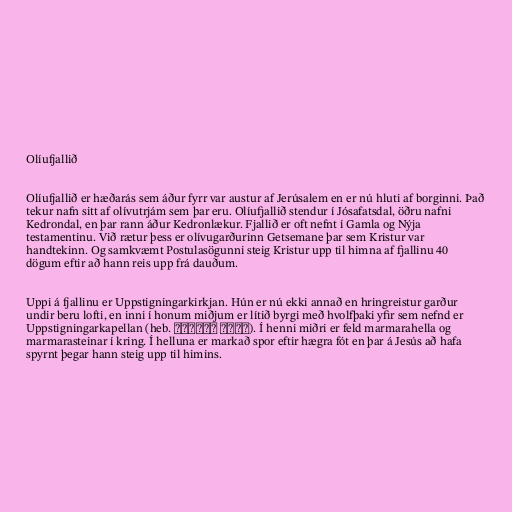
Olíufjallið

Olíufjallið er hæðarás sem áður fyrr var austur af Jerúsalem en er nú hluti af borginni. Það
tekur nafn sitt af olívutrjám sem þar eru. Olíufjallið stendur í Jósafatsdal, öðru nafni
Kedrondal, en þar rann áður Kedronlækur. Fjallið er oft nefnt í Gamla og Nýja
testamentinu. Við rætur þess er olívugarðurinn Getsemane þar sem Kristur var
handtekinn. Og samkvæmt Postulasögunni steig Kristur upp til himna af fjallinu 40
dögum eftir að hann reis upp frá dauðum.

Uppi á fjallinu er Uppstigningarkirkjan. Hún er nú ekki annað en hringreistur garður
undir beru lofti, en inni í honum miðjum er lítið byrgi með hvolfþaki yfir sem nefnd er
Uppstigningarkapellan (heb. קפלת העלייה‎). Í henni miðri er feld marmarahella og
marmarasteinar í kring. Í helluna er markað spor eftir hægra fót en þar á Jesús að hafa
spyrnt þegar hann steig upp til himins.